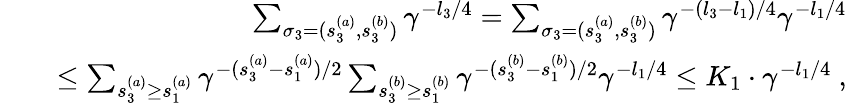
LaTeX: \begin{array}{rlr}&{}&{\sum_{{\sigma}_{3}=(s_{3}^{(a)},s_{3}^{(b)})}\gamma^{-l_{3}/4}=\sum_{{\sigma}_{3}=(s_{3}^{(a)},s_{3}^{(b)})}\gamma^{-(l_{3}-l_{1})/4}\gamma^{-l_{1}/4}}\\ &{}&{\le\sum_{s_{3}^{(a)}\ge s_{1}^{(a)}}\gamma^{-(s_{3}^{(a)}-s_{1}^{(a)})/2}\sum_{s_{3}^{(b)}\ge s_{1}^{(b)}}\gamma^{-(s_{3}^{(b)}-s_{1}^{(b)})/2}\gamma^{-l_{1}/4}\le K_{1}\cdot\gamma^{-l_{1}/4}\ ,}\end{array}